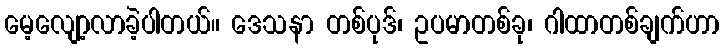
မေ့လျော့လာခဲ့ပါတယ်။ ဒေသနာ တစ်ပုဒ်၊ ဥပမာတစ်ခု၊ ဂါထာတစ်ချက်ဟာ